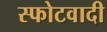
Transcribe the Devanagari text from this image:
स्फोटवादी